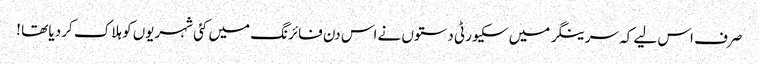
صرف اس لیے کہ سرینگر میں سکیورٹی دستوں نے اس دن فائرنگ میں کئی شہریوں کو ہلاک کر دیا تھا !